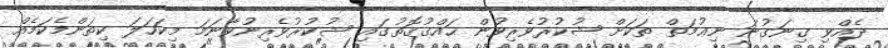
ދެއްވި ގިނަގުނަ ނިޢުމަތް ތަކަށް ޝުކުރުވެރިވުން ޙައްޤުގޮތުގައި ޝުކުރުވެރިނުވާނަމަ މިކަހަލަ ކިތަންމެކަމެއް